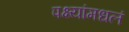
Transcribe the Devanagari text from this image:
पक्ष्यांमधलं